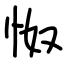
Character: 怓